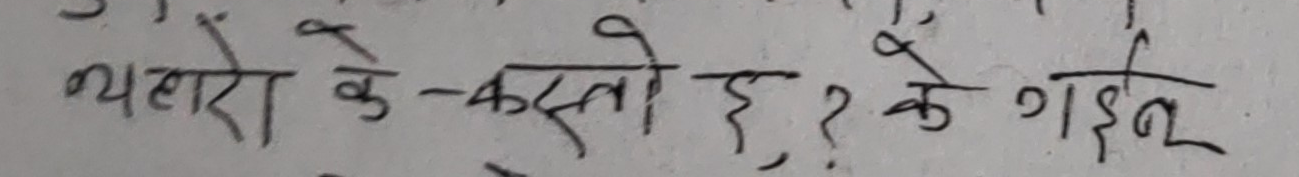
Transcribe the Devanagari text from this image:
थलोरा के-कस्तो छ, ? के गईन